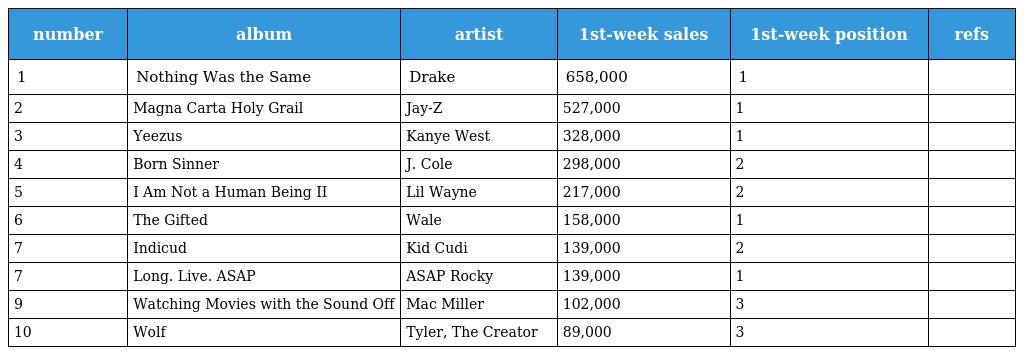
| number | album | artist | 1st-week sales | 1st-week position | refs |
 | --- | --- | --- | --- | --- | --- |
 | 1 | Nothing Was the Same | Drake | 658,000 | 1 |  |
 | 2 | Magna Carta Holy Grail | Jay-Z | 527,000 | 1 |  |
 | 3 | Yeezus | Kanye West | 328,000 | 1 |  |
 | 4 | Born Sinner | J. Cole | 298,000 | 2 |  |
 | 5 | I Am Not a Human Being II | Lil Wayne | 217,000 | 2 |  |
 | 6 | The Gifted | Wale | 158,000 | 1 |  |
 | 7 | Indicud | Kid Cudi | 139,000 | 2 |  |
 | 7 | Long. Live. ASAP | ASAP Rocky | 139,000 | 1 |  |
 | 9 | Watching Movies with the Sound Off | Mac Miller | 102,000 | 3 |  |
 | 10 | Wolf | Tyler, The Creator | 89,000 | 3 |  |